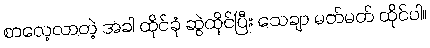
စာလေ့လာတဲ့ အခါ ထိုင်ခုံ ဆွဲထိုင်ပြီး သေချာ မတ်မတ် ထိုင်ပါ။